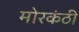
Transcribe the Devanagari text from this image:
मोरकंठी